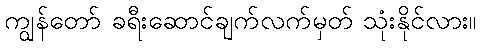
ကျွန်တော် ခရီးဆောင်ချက်လက်မှတ် သုံးနိုင်လား။